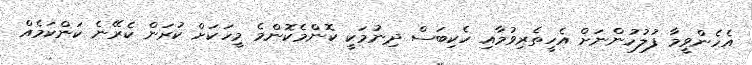
އެހެންވީމާ ފުލުހުންނަށް އެހީތެރިވުމާއި ހެކިބަސް ދިނުމަކީ ކޮންމެކޮންމެ މީހަކަށް ކުރަން ކެރޭނެ ކަންކަމެއް